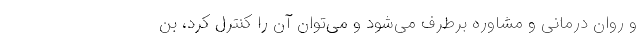
و روان درمانی و مشاوره برطرف می‌شود و می‌توان آن را کنترل کرد، بن